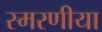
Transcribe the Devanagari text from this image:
स्मरणीया